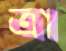
ত্রা